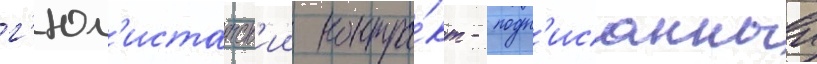
г'юл'истанск'ии контра́кт - подп'исанныи